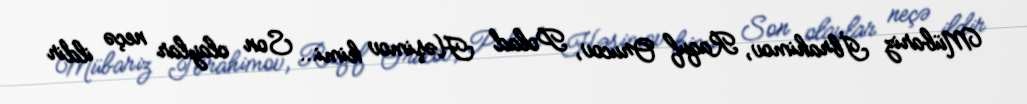
Mübariz İbrahimov, Raquf Orucov, Polad Həşimov kimi… Son olaylar neçə ildir